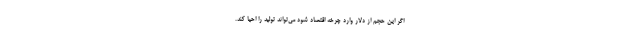
اگر این حجم از دلار وارد چرخه اقتصاد شود می‌تواند تولید را احیا کند.